Civil Veterinary Department Bihar reports 1940-50 - 1940-1950
Year: 1940
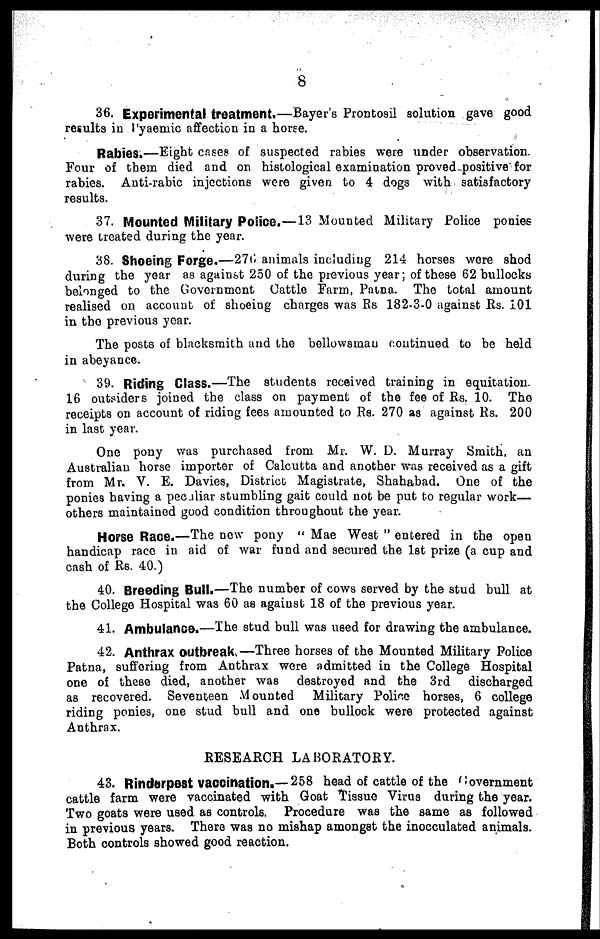
8
36. Experimental treatment.—Bayer's Prontosil solution gave good
results in Pyaemic affection in a horse.
Rabies.—Eight cases of suspected rabies were under observation.
Four of them died and on histological examination proved positive for
rabies. Anti-rabic injections were given to 4 dogs with satisfactory
results.
37. Mounted Military Poiioe.—13 Mounted Military Police ponies
were treated during the year.
38. Shoeing Forge.—276 animals including 214 horses were shod
during the year as against 250 of the previous year; of these 62 bullocks
belonged to the Government Cattle Farm, Patna. The total amount
realised on account of shoeing charges was Rs 182-3-0 against Rs. 101
in the previous year.
The posts of blacksmith and the bellowsman continued to be held
in abeyance.
39. Riding Class.—The students received training in equitation.
16 outsiders joined the class on payment of the fee of Rs. 10. The
receipts on account of riding fees amounted to Rs. 270 as against Rs. 200
in last year.
One pony was purchased from Mr. W. D. Murray Smith, an
Australian horse importer of Calcutta and another was received as a gift
from Mr. V. E. Davies, District Magistrate, Shahabad. One of the
ponies having a peculiar stumbling gait could not be put to regular work—
others maintained good condition throughout the year.
Horse Race.—The new pony " Mae West " entered in the open
handicap race in aid of war fund and secured the 1st prize (a cup and
cash of Rs. 40.)
40. Breeding Bull.—The number of cows served by the stud bull at
the College Hospital was 60 as against 18 of the previous year.
41. Ambulance.—The stud bull was used for drawing the ambulance.
42. Anthrax outbreak.—Three horses of the Mounted Military Police
Patna, suffering from Anthrax wore admitted in the College Hospital
one of these died, another was destroyed and the 3rd
discharged
as recovered. Seventeen Mounted
Military Police horses, 6 college
riding ponies, one stud bull and one bullock were protected against
Anthrax.
RESEARCH LABORATORY.
43. Rinderpest vaccination.—258 head of cattle of the Government
cattle farm were vaccinated with Goat Tissue Virus during the year.
Two goats were used as controls. Procedure was the same as followed
in previous years. There was no mishap amongst the inocculated animals.
Both controls showed good reaction.